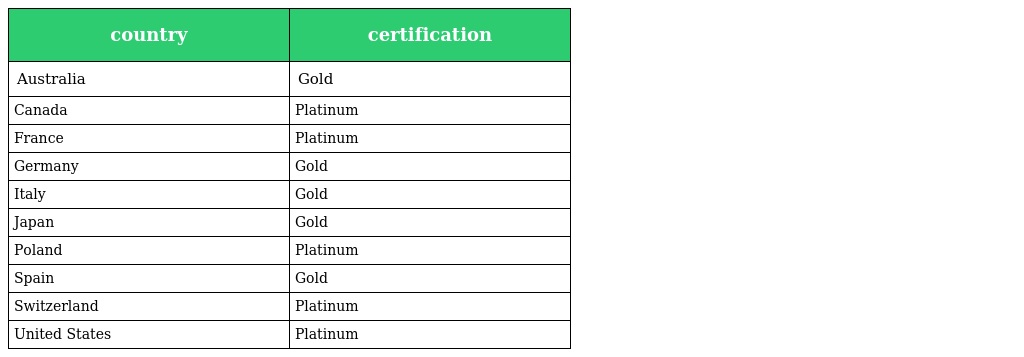
| country | certification |
 | --- | --- |
 | Australia | Gold |
 | Canada | Platinum |
 | France | Platinum |
 | Germany | Gold |
 | Italy | Gold |
 | Japan | Gold |
 | Poland | Platinum |
 | Spain | Gold |
 | Switzerland | Platinum |
 | United States | Platinum |